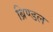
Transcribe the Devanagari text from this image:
ब्रिण्डल